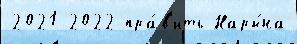
2021 2022 пра́в'ить Нары́на